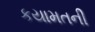
કયામતની